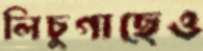
লিচুগাছেও